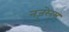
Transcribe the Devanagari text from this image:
नज़रेनुस